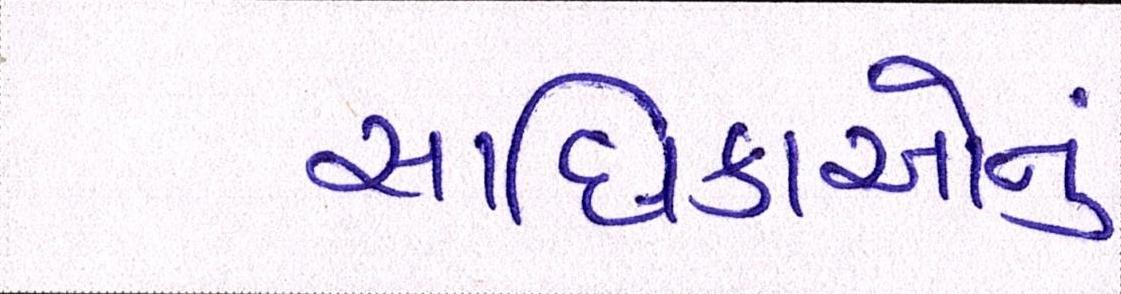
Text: સાધિકાઓનું